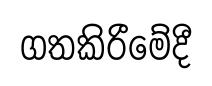
ගතකිරීමේදී